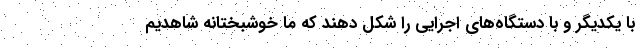
با یکدیگر و با دستگاه‌های اجرایی را شکل دهند که ما خوشبختانه شاهدیم